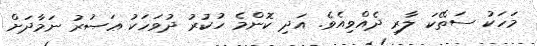
މަހަކު ސަތޭކަ ލާރި ދެއްވިއެވެ. އަދި ކޮންމެ ހުކުރު ދުވަހަކު ޢަޞުރު ނަމާދަށް